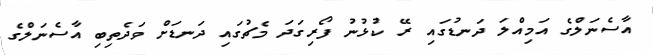
އާސެނަލްގެ އަމިއްލަ ދަނޑުގައި ރޭ ކުޅުނު ފޯރިގަދަ މެޗުގައި ދަނޑަށް ވަދެތިބި އާސެނަލްގެ